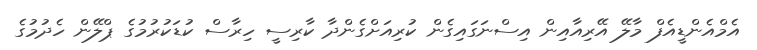
އެމްއެންޑީއެފް މާލޭ އޭރިއާއިން އިސްނަގައިގެން ކުރިއަށްގެންދާ ކާރިސީ ހިރާސް ކުޑަކުރުމުގެ ޕްލޭން ހެދުމުގެ